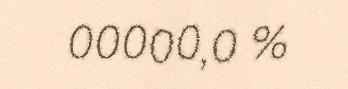
00000,0 %